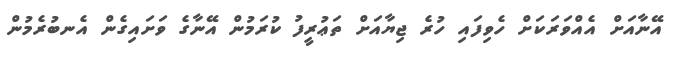
އޭނާއަށް އެއްވަރަކަށް ހެވިފައި ހުރެ ޖިޔާއަށް ތަޢުރީފު ކުރަމުން އޭނާގެ ވަށައިގެން އެނބުރެމުން